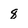
Character: 8